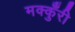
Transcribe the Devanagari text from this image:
मक्कुँरी